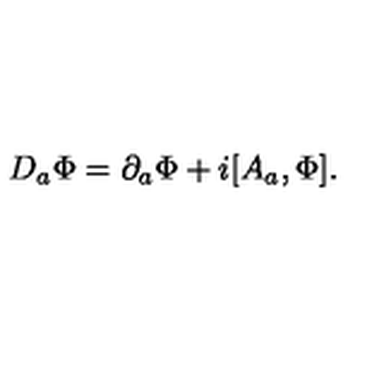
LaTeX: D _ { a } \Phi = \partial _ { a } \Phi + i [ A _ { a } , \Phi ] .